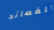
القصائد